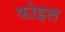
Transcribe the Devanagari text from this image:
फोइल